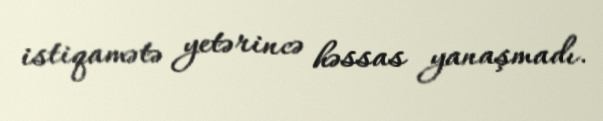
istiqamətə yetərincə həssas yanaşmadı.